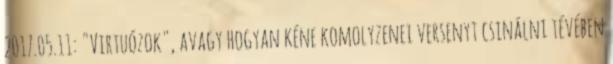
2017.05.11: "Virtuózok", avagy hogyan kéne komolyzenei versenyt csinálni tévében